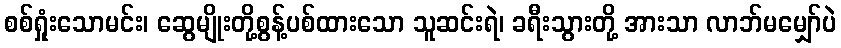
စစ်ရှုံးသောမင်း၊ ဆွေမျိုးတို့စွန့်ပစ်ထားသော သူဆင်းရဲ၊ ခရီးသွားတို့ အားသာ လာဘ်မမျှော်ပဲ